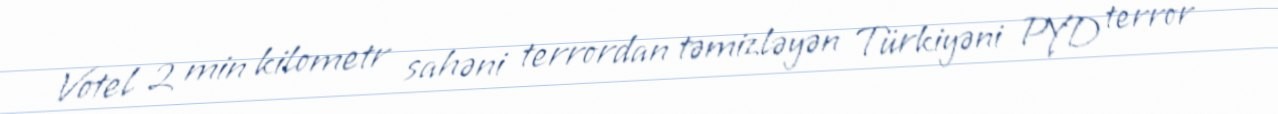
Votel 2 min kilometr sahəni terrordan təmizləyən Türkiyəni PYD terror